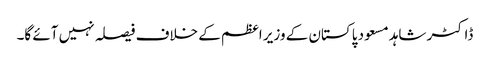
ڈاکٹر شاہد مسعود پاکستان کے وزیر اعظم کے خلاف فیصلہ نہیں آئے گا۔